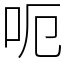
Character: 呃